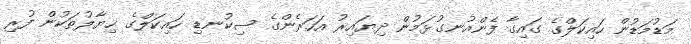
މަޑުމަޑުން ހައިކަލްގެ ގައިގާ ފެންއުނގުޅަމުން ދިޔައިރު އަހަރެންގެ ސިކުނޑި ހައިކަލްގެ ޚިޔާލުތަކުން ފުރި